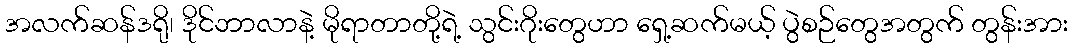
အလက်ဆန်ဒရို၊ ဒိုင်ဘာလာနဲ့ မိုရာတာတို့ရဲ့ သွင်းဂိုးတွေဟာ ရှေ့ဆက်မယ့် ပွဲစဉ်တွေအတွက် တွန်းအား